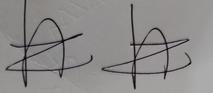
Signature authenticity: genuine